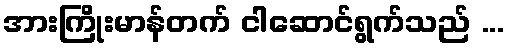
အားကြိုးမာန်တက် ငါဆောင်ရွက်သည် ...